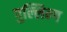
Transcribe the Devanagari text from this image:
पुल्लिन्ग